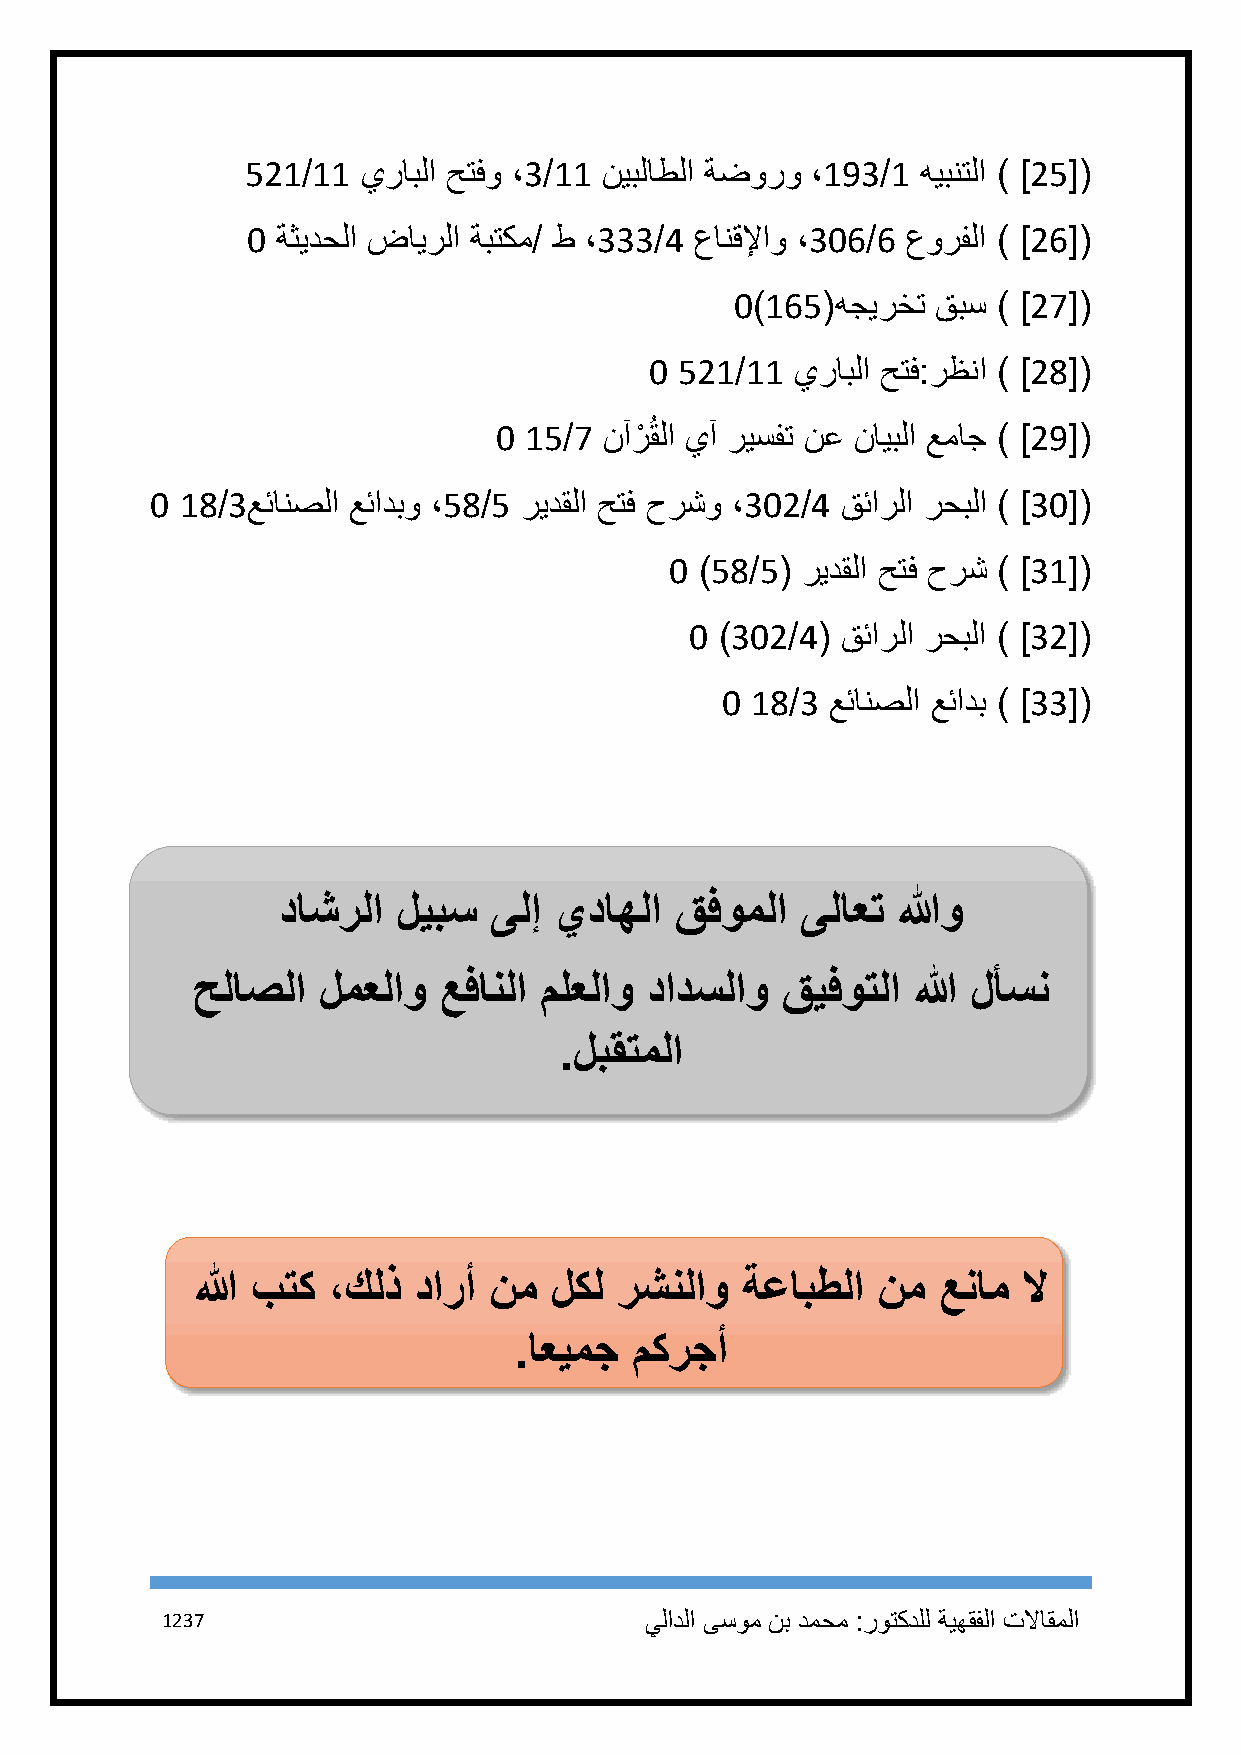
521/11  يرابلا حتفو ،3/11 نيبلاطلا ةضورو ،193/1 هيبنتلا ) ]25[(
 1 ةثيدحلا ضايرلا ةبتكم/ ط ،333/4 عانقلإاو ،316/6 عورفلا ) ]26[(
 1)165(هجيرخت قبس ) ]27[(
 1 521/11  يرابلا حتف:رظنا ) ]28[(
 1 15/7 نآرْ ُقلا يآ ريسفت نع نايبلا عماج ) ]29[(
 1 18/3عئانصلا عئادبو ،58/5 ريدقلا حتف حرشو ،312/4 قئارلا رحبلا ) ]31[(
 1 )58/5( ريدقلا حتف حرش ) ]31[(
 1 )312/4( قئارلا رحبلا ) ]32[(
 1 18/3 عئانصلا عئادب ) ]33[(
 داشرلا  ليبس  ىلإ  يداهلا  قفوملا  ىلاعت اللهو
 حلاصلا  لمعلاو  عفانلا ملعلاو دادسلاو  قيفوتلا الله لأسن
 .لبقتملا
 الله بتك ،كلذ دارأ نم  لكل  رشنلاو  ةعابطلا  نم  عنام  لا
 .اعيمج  مكرجأ
 1237                            يلادلا ىسوم نب دمحم :روتكدلل ةيهقفلا تلااقملا